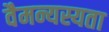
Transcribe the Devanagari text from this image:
वैमन्यस्यता